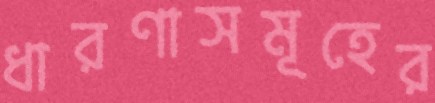
ধারণাসমূহের